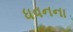
ધવનના